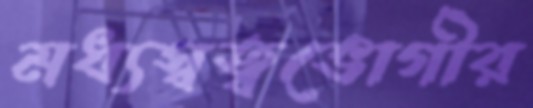
মধ্যস্বত্বভোগীর